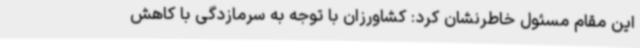
این مقام مسئول خاطرنشان کرد: کشاورزان با توجه به سرمازدگی با کاهش